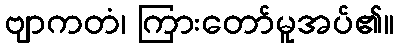
ဗျာကတံ၊ ကြားတော်မူအပ်၏။